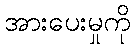
အားပေးမှုကို